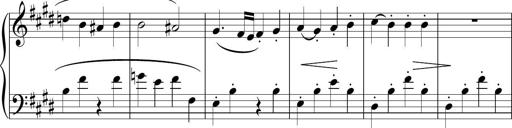
Title: Sonatina n.3
Composer: Tatiana Stankovych
Key: E major